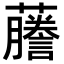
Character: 𬟙